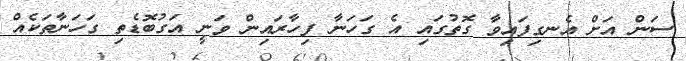
ސަން އަށް އެނގިފައިވާ ގޮތުގައި އެ ގަހަނާ ފިހާރައިން ވަނީ އަގުބޮޑެތި ގަހަނާތަކެއް